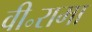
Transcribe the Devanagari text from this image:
वी॰रामा